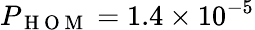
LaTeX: P_{\mathrm{~H~O~M~}}=1.4\times 10^{-5}